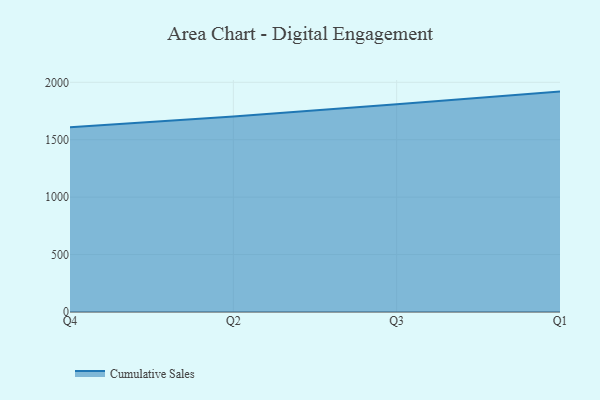
{"axis": {"x": "Quarter", "y": "Revenue (USD Million)"}, "legend": ["Cumulative Sales"], "data": [{"x": "Q4", "y": 1607.9, "type": "Cumulative Sales"}, {"x": "Q2", "y": 1702.2, "type": "Cumulative Sales"}, {"x": "Q3", "y": 1809.4, "type": "Cumulative Sales"}, {"x": "Q1", "y": 1919.0, "type": "Cumulative Sales"}]}